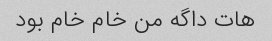
هات داگه من خام خام بود